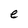
Character: e